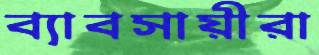
ব্যাবসায়ীরা